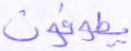
يطوفون